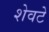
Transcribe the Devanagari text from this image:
शेवटे